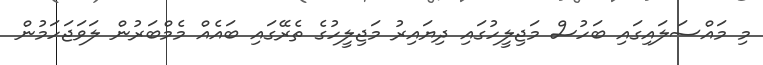
މި މައްސަލައިގައި ބަހުސް މަޖިލީހުގައި ދިޔައިރު މަޖިލީހުގެ ތެރޭގައި ބައެއް މެމްބަރުން ލަވަޖަހަމުން